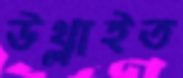
উথ্‌লাইত